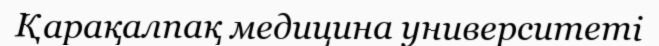
Қарақалпақ медицина университеті